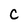
Character: C